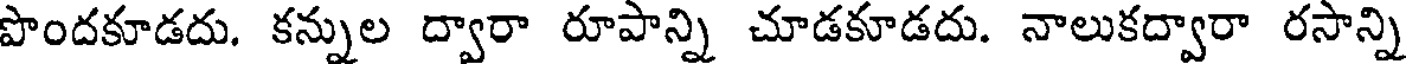
పొందకూడదు. కన్నుల ద్వారా రూపాన్ని చూడకూడదు. నాలుకద్వారా రసాన్ని